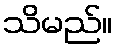
သိမည်။